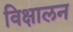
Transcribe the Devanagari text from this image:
विक्षालन